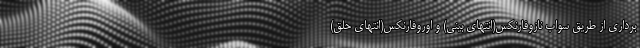
برداری از طریق سواب نازوفارنکس(انتهای بینی) و اوروفارنکس(انتهای حلق)